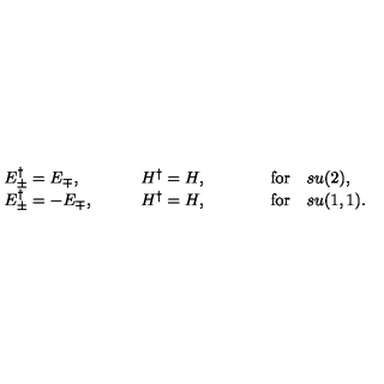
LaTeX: \begin{array} { l l l } { E _ { \pm } ^ { \dagger } = E _ { \mp } , } & { \quad \quad H ^ { \dagger } = H , } & { \quad \quad \quad \mathrm { f o r } \quad s u ( 2 ) , } \\ { E _ { \pm } ^ { \dagger } = - E _ { \mp } , } & { \quad \quad H ^ { \dagger } = H , } & { \quad \quad \quad \mathrm { f o r } \quad s u ( 1 , 1 ) . } \\ \end{array}